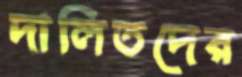
দালিতদের